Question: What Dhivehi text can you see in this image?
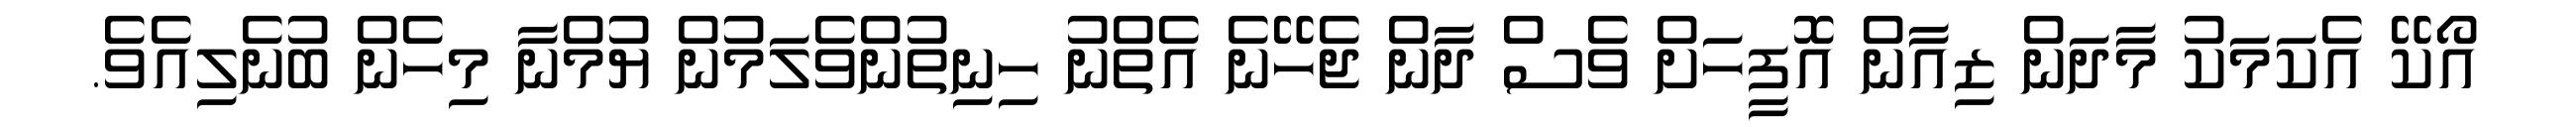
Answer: އޯކޭ އެކަމަކު މާދަން ޒިއާން އޮފީހަށް ވެސް ދާން ޖެހޭނެ އެތްނު ހިނިތުންވެލަމުން ޔުމްނާ މިހެން ބުނެލިއެވެ.